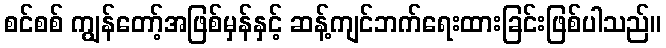
စင်စစ် ကျွန်တော့်အဖြစ်မှန်နှင့် ဆန့်ကျင်ဘက်ရေးထားခြင်းဖြစ်ပါသည်။